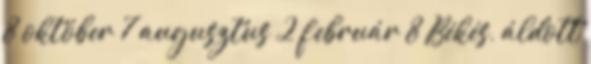
8 október 7 augusztus 2 február 8 Békés, áldott